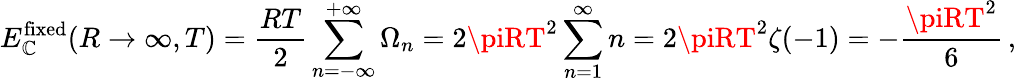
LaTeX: E_{\mathbb{C}}^{\mathrm{{fixed}}}(R\to\infty,T)=\frac{{RT}}{{2}}\sum_{n=-\infty}^{+\infty}\Omega_{n}=2\piRT^{2}\sum_{n=1}^{\infty}n=2\piRT^{2}\zeta(-1)=-\frac{{\piRT^{2}}}{{6}}\, {,}